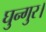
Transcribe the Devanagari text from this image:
घुन्गुर।